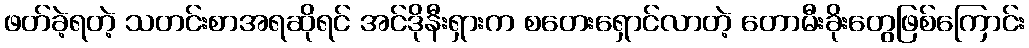
ဖတ်ခဲ့ရတဲ့ သတင်းစာအရဆိုရင် အင်ဒိုနီးရှားက စတေးရှောင်လာတဲ့ တောမီးခိုးတွေဖြစ်ကြောင်း